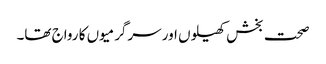
صحت بخش کھیلوں اور سرگرمیوں کا رواج تھا۔